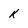
Character: K